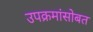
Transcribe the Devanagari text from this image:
उपक्रमांसोबत